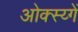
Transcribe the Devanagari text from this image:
ओक्स्य्गें